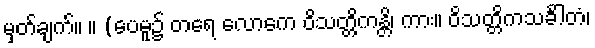
မှတ်ချက်။ ။ (ပေမူ၌ တရေ လောကေ ဝိသတ္တိကန္တိ၊ ကား။ ဝိသတ္တိကသင်္ခါတံ၊